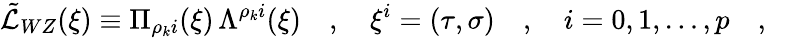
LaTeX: \tilde{\cal L}_{WZ}(\xi)\equiv\Pi_{\rho_{k}i}(\xi)\, \Lambda^{\rho_{k}i}(\xi)\quad,\quad\xi^{i}=(\tau,{\mathbf\sigma})\quad,\quad i=0,1,\dots,p\quad,\quad